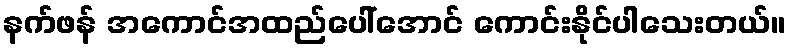
နက်ဖန် အကောင်အထည်ပေါ်အောင် ကောင်းနိုင်ပါသေးတယ်။